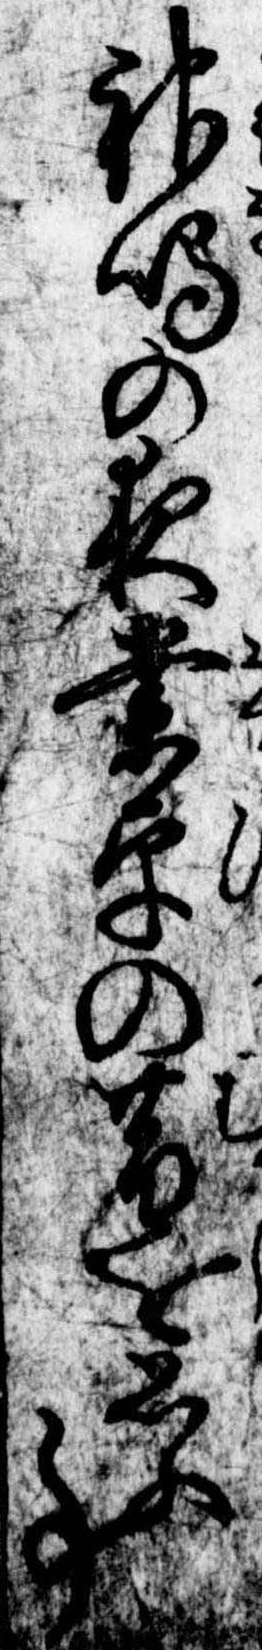
神鳴の夜業平の昔を思ふ事